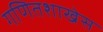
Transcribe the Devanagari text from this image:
गणितशाखेस